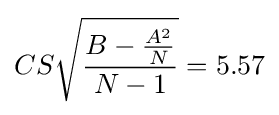
CS{\sqrt {\frac {B-{\frac {A^{2}}{N}}}{N-1}}}=5.57